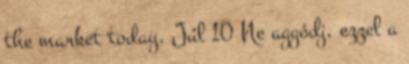
the market today. Júl 10 Ne aggódj, ezzel a